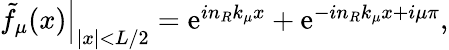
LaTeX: \begin{array}{r}{\left.\tilde{f}_{\mu}(x)\right|_{|x|<L/2}=\mathrm{e}^{in_{R}k_{\mu}x}+\mathrm{e}^{-in_{R}k_{\mu}x+i\mu\pi},}\end{array}